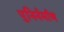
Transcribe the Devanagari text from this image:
पुनिर्नर्माण